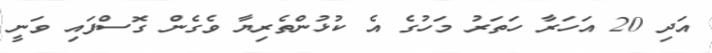
އަދި 20 އަހަރާ ހަތަރު މަހުގެ އެ ކުޅުންތެރިޔާ ވެގެން ގޮސްފައި ވަނީ